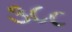
૩૮૮